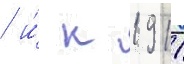
/ и́ к 1911